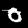
Label: 0